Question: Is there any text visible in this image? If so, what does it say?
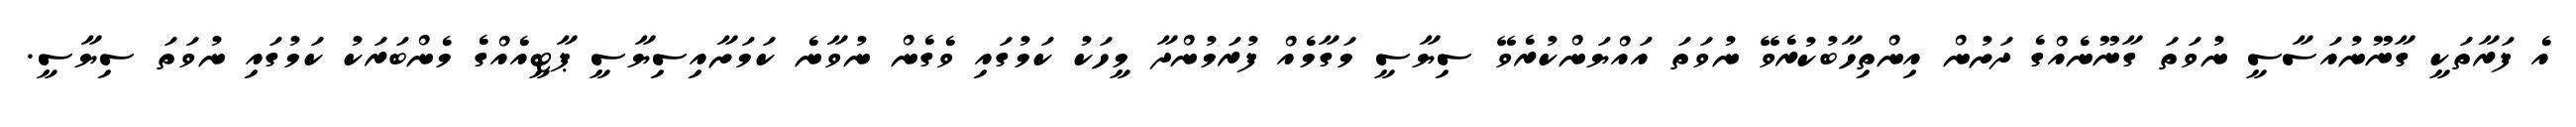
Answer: އެ ފަރާތަކީ ގާނޫނުއަސާސީ ނުވަތަ ގާނޫނެއްގެ ދަށުން އިންތިހާބުކުރެވޭ ނުވަތަ އައްޔަންކުރެވޭ ސިޔާސީ މަގާމެއް ފުރަމުންދާ މީހަކު ކަމުގައި ވެގެން ނުވާނެ ކަމަށާއިސިޔާސީ ޕާޓީއެއްގެ މެންބަރަކު ކަމުގައި ނުވަތަ ސިޔާސީ.